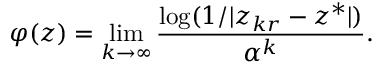
\varphi ( z ) = \operatorname* { l i m } _ { k \to \infty } { \frac { \log ( 1 / | z _ { k r } - z ^ { * } | ) } { \alpha ^ { k } } } .